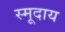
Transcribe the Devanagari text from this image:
स्मूदाय